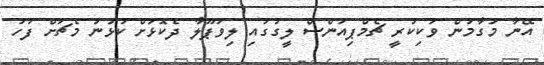
އޭނާ މަގާމުން ވަކިކުރީ ޗެމްޕިއަންސް ލީގުގައި ލިވަޕޫލާ ދެކޮޅަށް ކުޅުނު މެޗަށް ފަހު